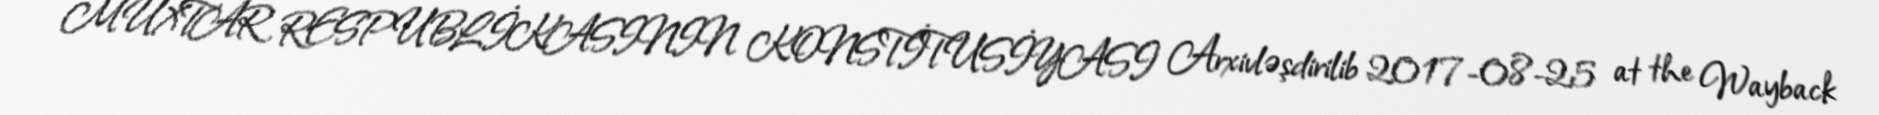
MUXTAR RESPUBLİKASININ KONSTİTUSİYASI Arxivləşdirilib 2017-08-25 at the Wayback